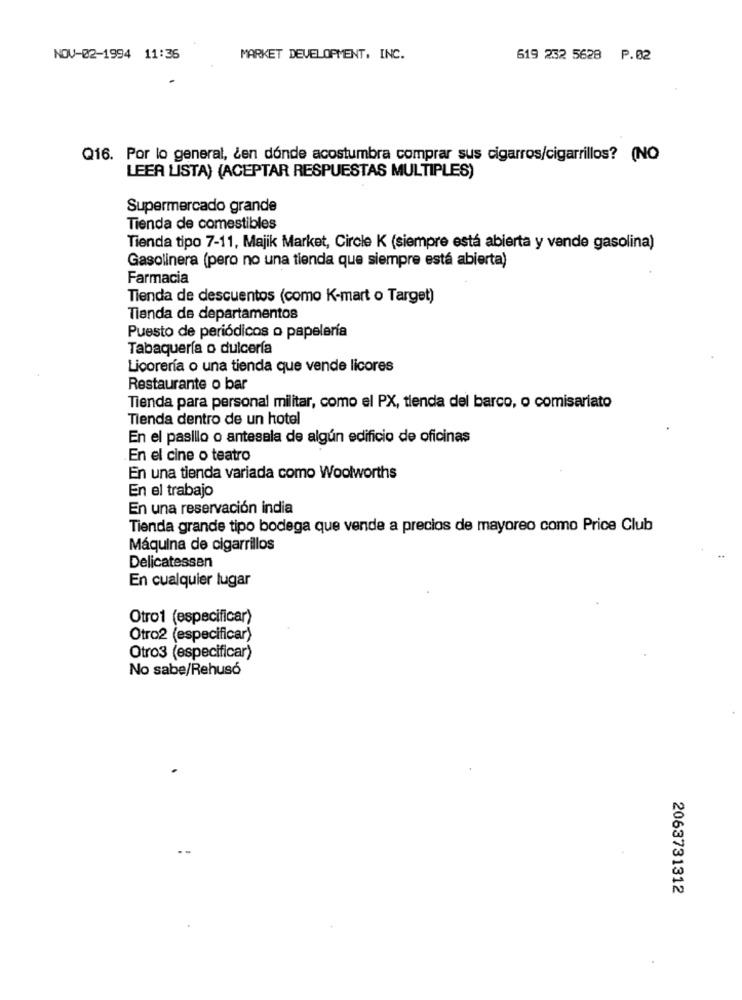
NOV-02-1994 11:36
MARKET DEVELOPMENT, INC.
619 232 5628 P.02
Q16. Por lo general, ¿ en dónde acostumbra comprar sus cigarros/cigarrillos? (NO
LEER LISTA) (ACEPTAR RESPUESTAS MULTIPLES)
Supermercado grande
Tienda de comestibles
Tienda tipo 7-11, Majik Market, Circle K (siempre está abierta y vende gasolina)
Gasolinera (pero no una tienda que siempre está abierta)
Farmacia
Tienda de descuentos (como K-mart o Target)
Tienda de departamentos
Puesto de periódicos o papelería
Tabaquería o dulcería
Licorería o una tienda que vende licores
Restaurante o bar
Tienda para personal militar, como el PX, tienda del barco, o comisariato
Tienda dentro de un hotel
En el pasillo o antesala de algún edificio de oficinas
En el cine o teatro
En una tienda variada como Woolworths
En el trabajo
En una reservación india
Tienda grande tipo bodega que vende a precios de mayoreo como Price Club
Máquina de cigarrillos
Delicatessen
En cualquier lugar
Otro1 (especificar)
Otro2 (especificar)
Otro3 (especificar)
No sabe/Rehusó
2063731312